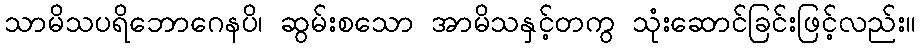
သာမိသပရိဘောဂေနပိ၊ ဆွမ်းစသော အာမိသနှင့်တကွ သုံးဆောင်ခြင်းဖြင့်လည်း။